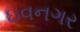
ઇવનગર